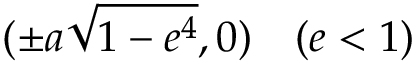
( \pm a { \sqrt { 1 - e ^ { 4 } } } , 0 ) \quad ( e < 1 )